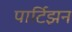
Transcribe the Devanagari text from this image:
पार्टिझन